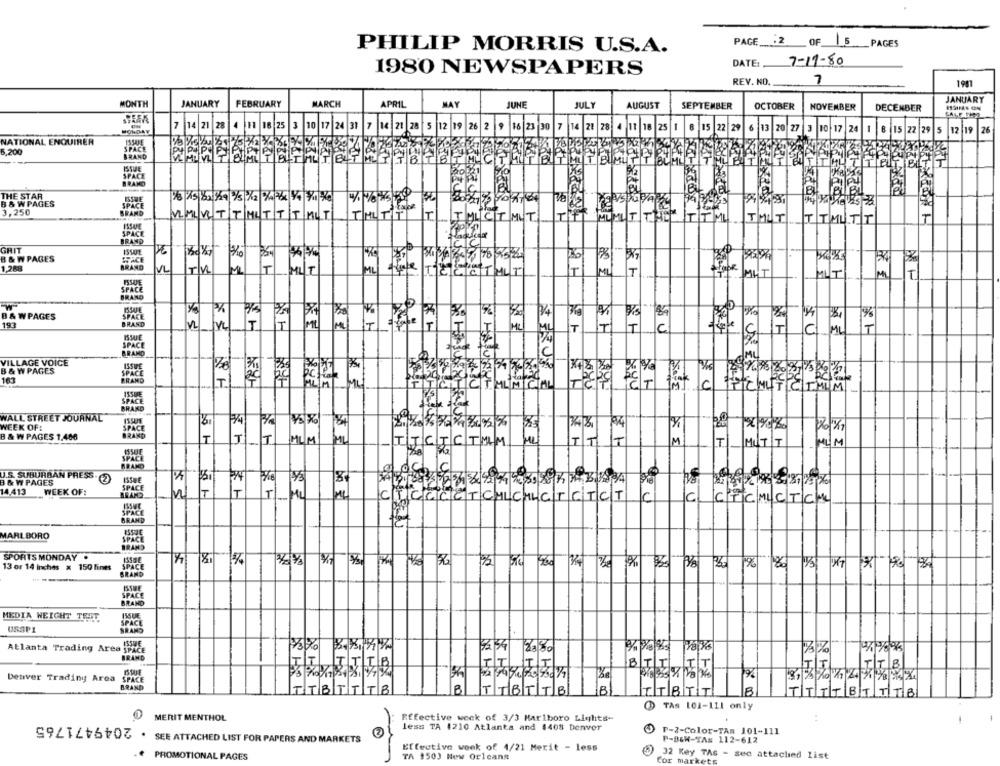
PAGE _. 2 OF 5
_PAGES
PHILIP MORRIS U.S.A.
7-11-80
DATE :.
1980 NEWSPAPERS
REV. NO.
7
1981
JANUARY
MONTH
JANUARY
FEBRUARY
MARCH
APRIL
HAY
JUNE
JUL
AUGUST
SEPTEMBER
OCTOBER
NOVEMBER
DECEMBER
SEEK
7 14 21 28 4 11 18 25|3|10|17 24 31 7 14 21 28|5|12|19 26 2|9 16 23 30 7 14 28 28 4 |11|18|25|1|8|15|22 29 6|13|20 27 3 10 1
10 17 24
1
฿ 15 22
29
15
12 19
26
NATIONAL ENQUIRER
ISSUE
5,200
SPACE
BRAND
ISSUE
SPACE
BRAND
THE STAR
13:15|82 11 /3 %2 %47& 1/4 /1 0
B & W PAGES
SPACE
3,250
WMLVETTMLTT|T|MLT
IMICTMIT
TALT
CTMITT
BRAND
GHIT
B & W PAGES
SPACE
1,288
BRAND
TECCTULT
SPACE
BRAND
B & WPAGES
193
ISSUE
SPACE
VILLAGE VOICE
B & W PAGES
163
AFRULE
WALL STREET JOURNAL
WEEK OF:
SPACE
B & W PAGES 1.486
MLM
TJCJCTMM
IT
MITT
U.S. SUBURBAN PRESS
B & W PAGES
14.413
WEEK OF:
1
CTCCCCTCHICHICTCTCT
CTCMLCTCML
BRAN
MARLBORO
SPORTS MONDAY .
13 or 14 inches x 150 fines
% |80
---
MEDIA WEICHT TEST
USSP1
SPACE
Atlanta Trading Area SPACE
52.54 8350
BRAND
BTI
T
Denver Trading Area
SPACE
ITBTTTB
TTBTTB
TTBTT
B
TTTTBITT8
TAS 101-111 only
MERIT MENTHOL
Effective week of 3/3 Marlboro Lights-
less TA 4210 Atlanta and 1408 Denver
(2)
P-2-Color-TAs 101-111
SOLIZ+6+03 . SEE ATTACHED LIST FOR PAPERS AND MARKETS
P-BEN-TAS 112-612
Effective week of 4/21 Merit - less
PROMOTIONAL PAGES
TA 1503 New Orleans
32 Key TAS - sec attached list
Cor markets